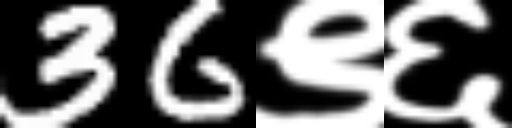
Text: 36९६